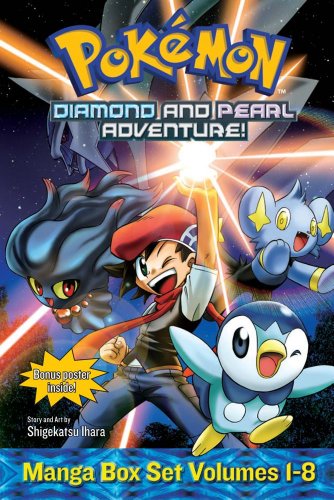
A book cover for PokÃ©mon Diamond and Pearl Adventure! Box Set (Pokemon); Shigekatsu Ihara; Children's Books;